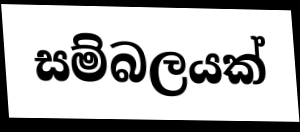
සම්බලයක්